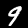
Label: 9